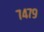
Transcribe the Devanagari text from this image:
७४७९